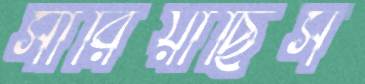
সারিয়াছিস